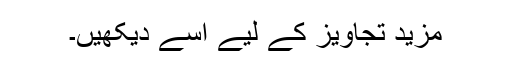
مزید تجاویز کے لیے اسے دیکھیں۔